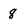
Character: 8